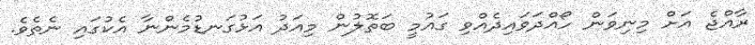
ރާއްޖެ އަށް މިނިވަން ހޯއްދަވައިދެއްވި ގައުމީ ބަތޮލުން މިއަދު އަޅުގަނޑުމެންނާ އެކުގައި ނެތެވެ.